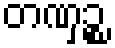
တဏှဉ္စ